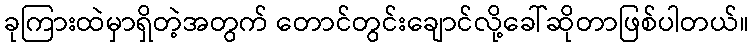
ခုကြားထဲမှာရှိတဲ့အတွက် တောင်တွင်းချောင်လို့ခေါ်ဆိုတာဖြစ်ပါတယ်။